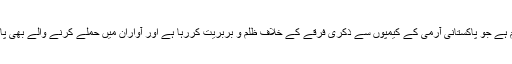
لشکرخراسان پاکستان کی ایک پراکسی تنظیم ہے جو پاکستانی آرمی کے کیمپوں سے ذکری فرقے کے خلاف ظلم و بربریت کررہا ہے اور آواران میں حملے کرنے والے بھی پاکستانی آرمی کیمپ میں آج تک موجود ہیں ۔